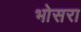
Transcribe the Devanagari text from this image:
भोसरा